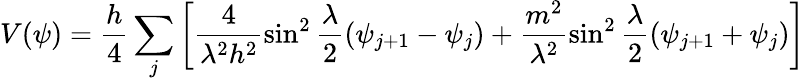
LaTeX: V(\psi)=\frac{h}{4}\sum_{j}\left[\frac{4}{\lambda^{2}h^{2}}\sin^{2}\frac{\lambda}{2}(\psi_{j+1}-\psi_{j})+\frac{m^{2}}{\lambda^{2}}\sin^{2}\frac{\lambda}{2}(\psi_{j+1}+\psi_{j})\right]